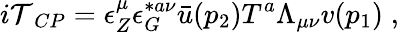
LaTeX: {i\cal T}_{CP}=\epsilon_{Z}^{\mu}\epsilon_{G}^{*a\nu}{\bar{u}}(p_{2})T^{a}\Lambda_{\mu\nu}v(p_{1})\; ,